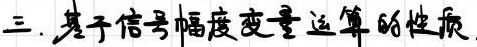
三. 基于信号幅度变量运算的性质